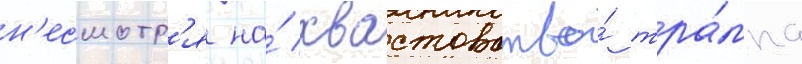
н'есмотр'я на́ хвастовство́ тра́мпа